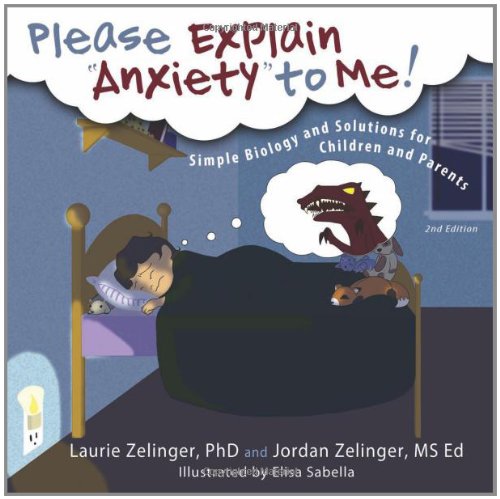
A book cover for Please Explain Anxiety to Me! Simple Biology and Solutions for Children and Parents, 2nd Edition (Growing with Love); Laurie E. Zelinger; Self-Help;